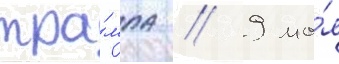
тра́мпа // 9 ма́я